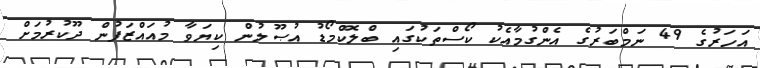
އަހަރުގެ 49 ނަމްބަރުގެ އެންގުމާއެކު ކޯސްތަކުގައި ބްލޮކްމޯޑު އުޞޫލުން ކިޔަވާ މުއައްޒަފުން ދޫކުރުމަށް